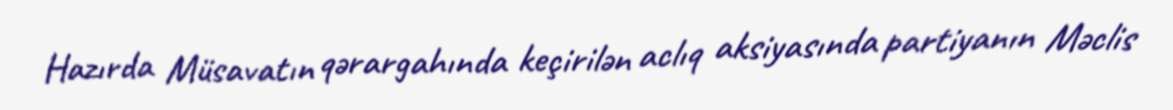
Hazırda Müsavatın qərargahında keçirilən aclıq aksiyasında partiyanın Məclis